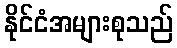
နိုင်ငံအများစုသည်